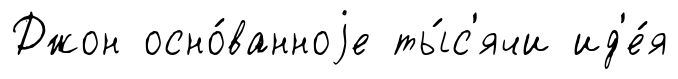
Джон осно́ванноjе ты́с'ячи ид'е́я